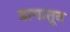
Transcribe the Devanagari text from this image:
डागातून